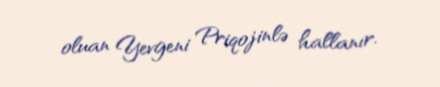
oluan Yevgeni Priqojinlə hallanır.